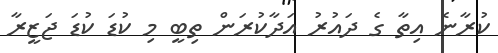
ކުރާނެ އިތާ ގެ ދައުރު އަދާކުރަން ތިބީ މި ކުޑަ ކުޑަ ޖަޒީރާ